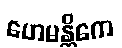
ဟေမန္တိကေ